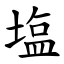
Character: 塩